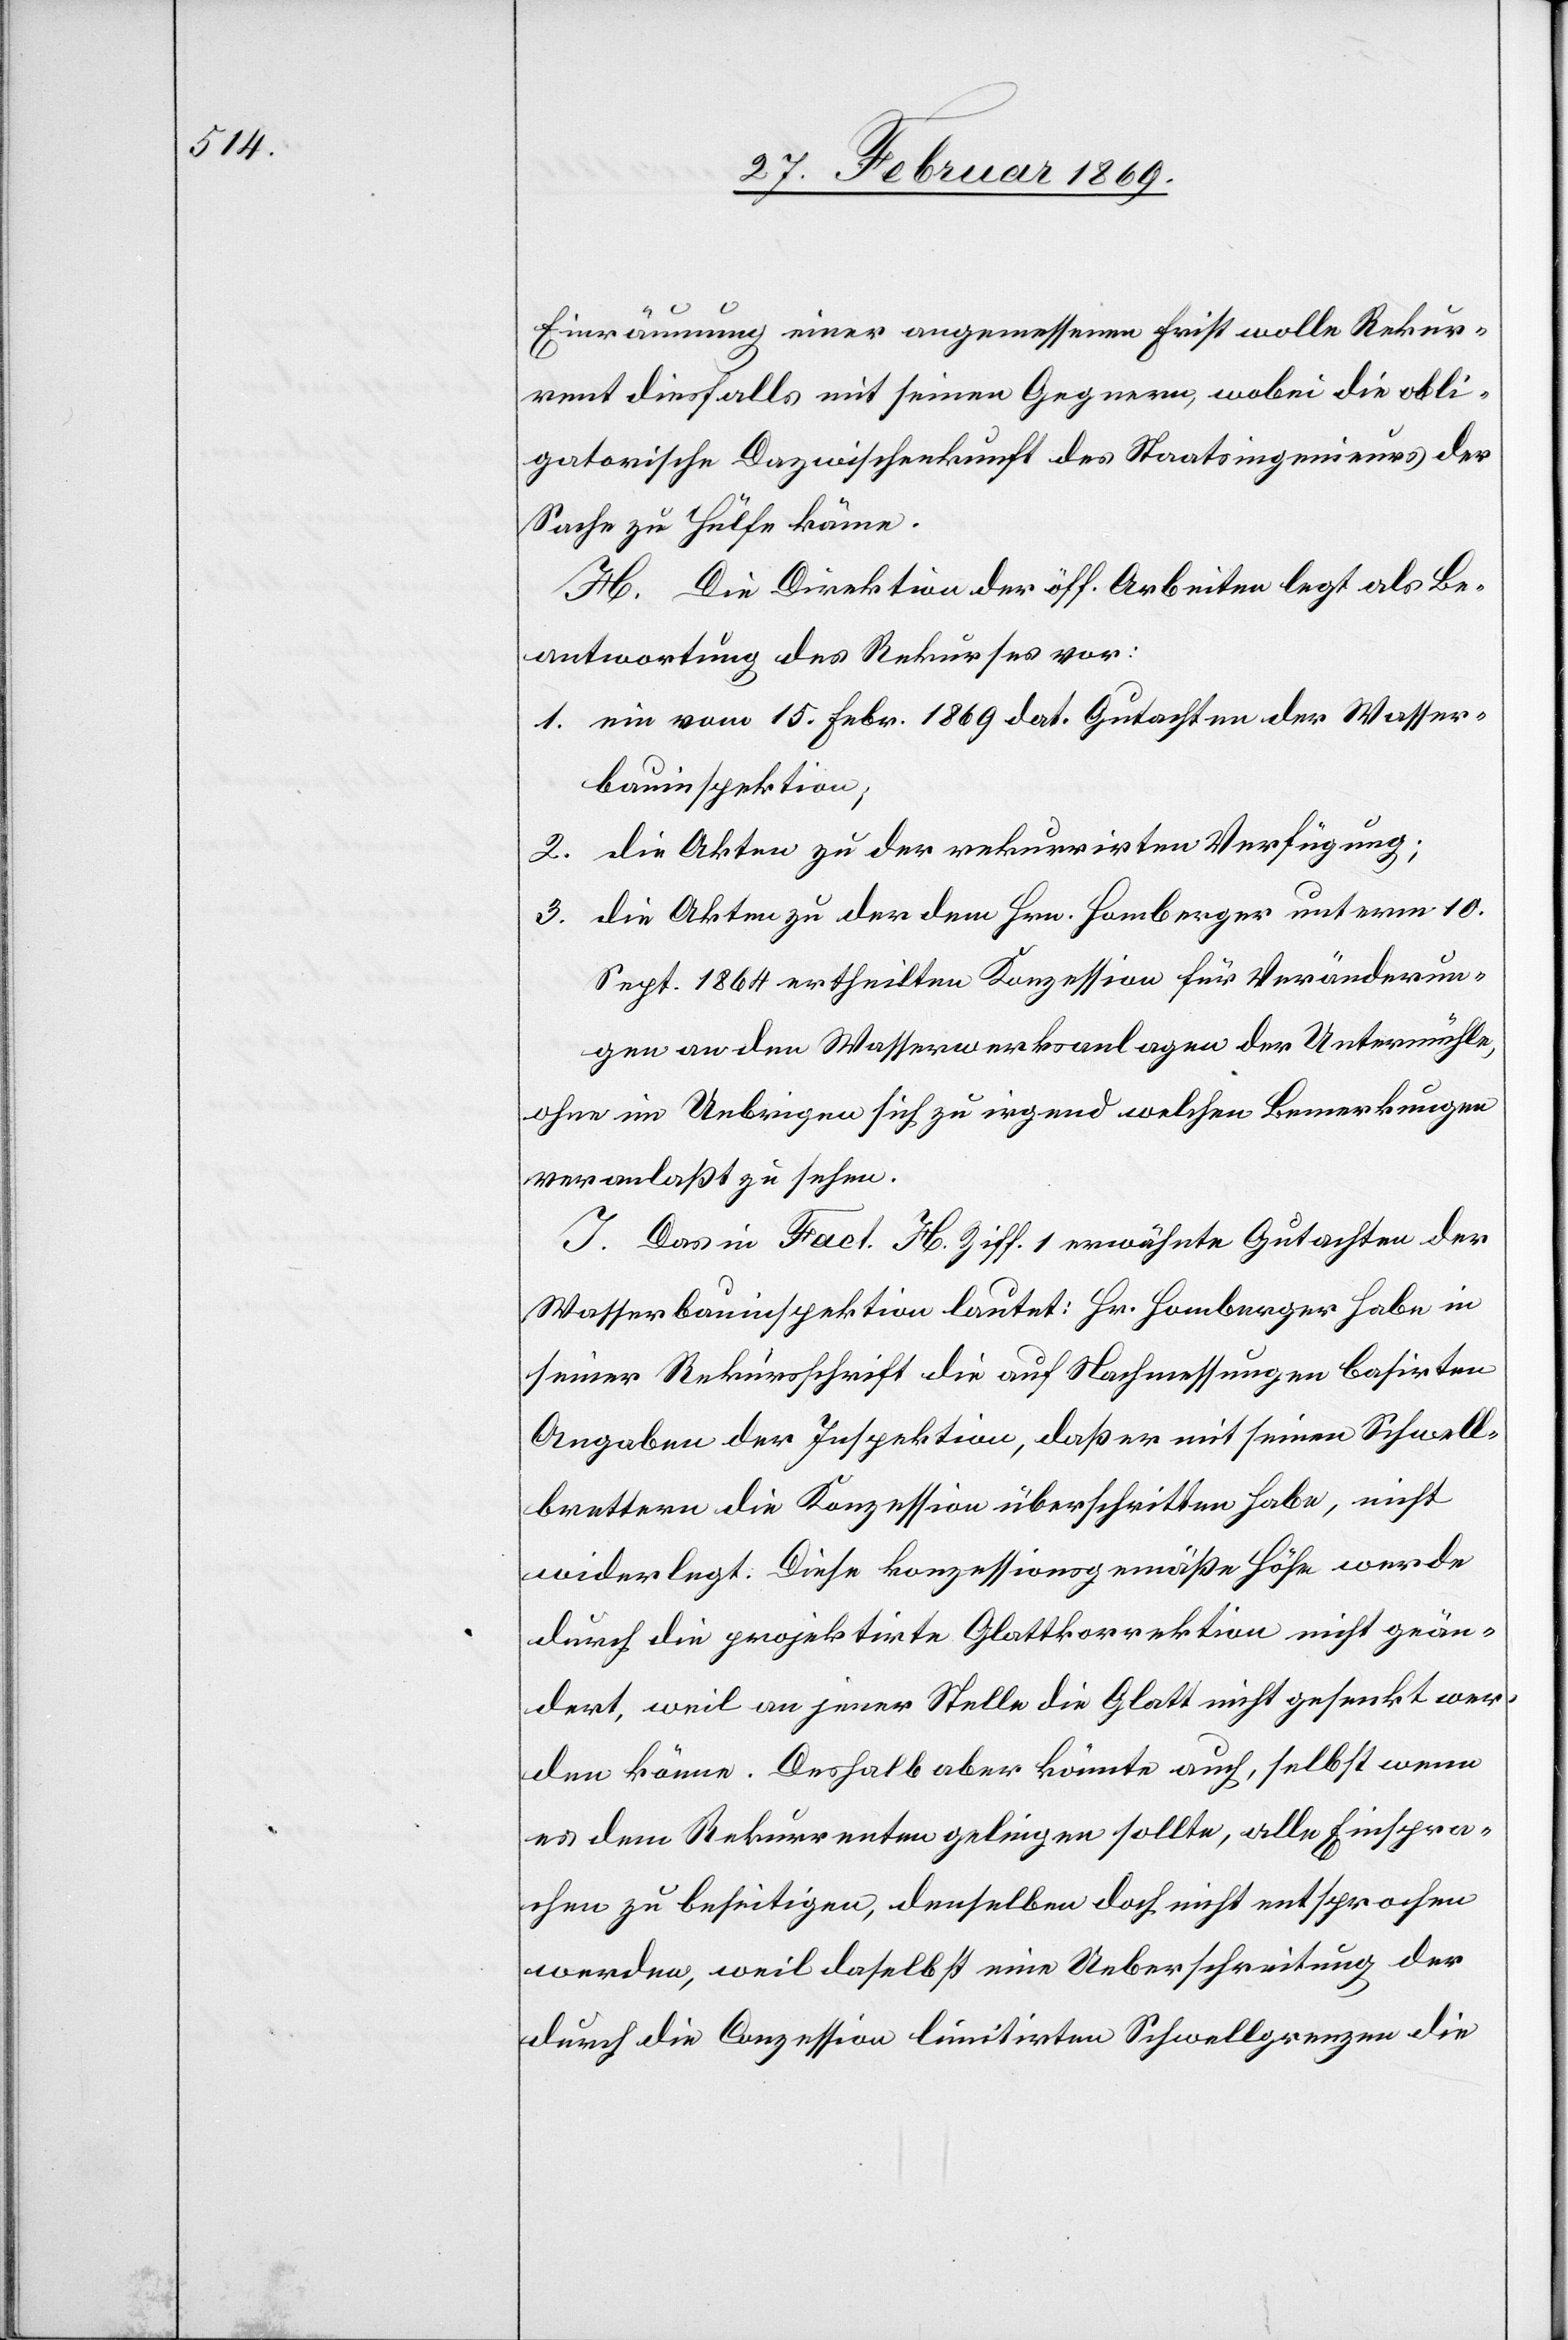
Einräumung einer angemessenen Frist wolle Rekur¬
rent diesfalls mit seinen Gegnern, wobei die obli¬
gatorische Dazwischenkunft des Staatsingenieurs der
Sache zu Hülfe könne.
H. Die Direktion der öff. Arbeiten legt als Be¬
antwortung des Rekurses vor:
1. ein vom 15. Febr. 1869 dat. Gutachten der Wasser¬
bauinspektion;
2. die Akten zu der rekurrirten Verfügung;
3. die Akten zu der dem Hrn. Homberger unterm 10.
Sept. 1864 ertheilten Konzession für Veränderun¬
gen an den Wasserwerksanlagen der Untermühle,
ohne im Uebrigen sich zu irgend welchen Bemerkungen
veranlaßt zu sehen.
J. Das in Fact. H Ziff. 1 erwähnte Gutachten der
Wasserbauinspektion lautet: Hr. Homberger habe in
seiner Rekursschrift die auf Nachmessungen basirten
Angaben der Inspektion, daß er mit seinen Schwell¬
brettern die Konzession überschritten habe, nicht
widerlegt. Diese konzessionsgemäße Höhe werde
durch die projektirte Glattkorrektion nicht geän¬
dert, weil an jener Stelle die Glatt nicht gesenkt wer¬
den könne. Deshalb aber könnte auch, selbst wenn
es dem Rekurrenten gelingen sollte, alle Einspra¬
chen zu beseitigen, demselben doch nicht entsprochen
werden, weil daselbst eine Ueberschreitung der
durch die Conzession limitirten Schwellgrenzen die